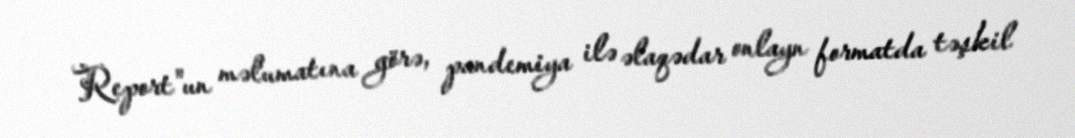
Report"un məlumatına görə, pandemiya ilə əlaqədar onlayn formatda təşkil